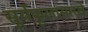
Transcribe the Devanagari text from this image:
सूर्यफूलासारखे